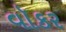
વૉકર